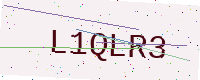
Text: L1QLR3